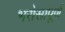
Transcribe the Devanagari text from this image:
भरोसापूर्ण